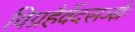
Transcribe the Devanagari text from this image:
विग्रहैर्वेदसञ्ज्ञैः